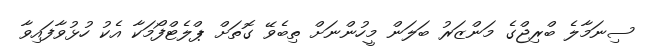
ސިނަމާލެ ބްރިޖްގެ މަންޒަރު ބަލަން މީހުންނަށް ތިބެވޭ ގޮތަށް ޕްލެޓްފޯމަކާ އެކު ހުޅުވާފައިވާ